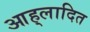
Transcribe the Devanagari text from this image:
आह्‌लादित